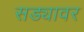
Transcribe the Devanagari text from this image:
सड्यावर